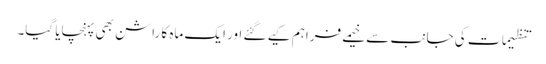
تنظیمات کی جانب سے خیمے فراہم کیے گئے اور ایک ماہ کا راشن بھی پہنچایا گیا۔